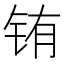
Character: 铕